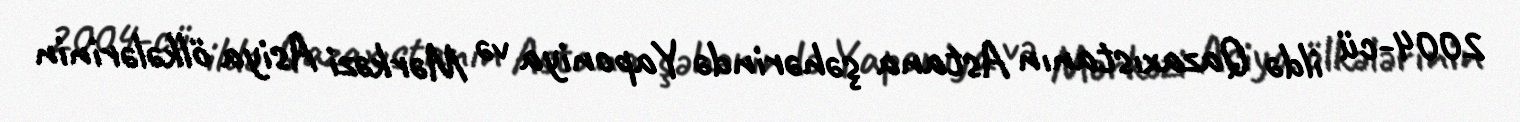
2004-cü ildə Qazaxıstanın Astana şəhərində Yaponiya və Mərkəzi Asiya ölkələrinin